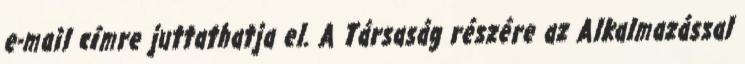
e-mail címre juttathatja el. A Társaság részére az Alkalmazással